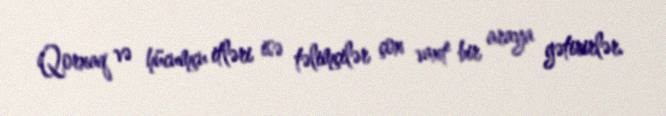
Qorxaq və hücumçu itləri isə təlimçilər çox vaxt bir araya gətirirlər.